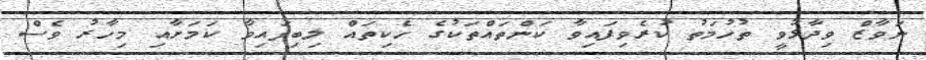
ނަވާޒް ވިދާޅުވީ ތުހުމަތު ކުރެވިފައިވާ ކަންތައްތަކުގެ ހެކިތައް ލިބިފައިވާ ކަމަށާއި މިހާރު ވެސް